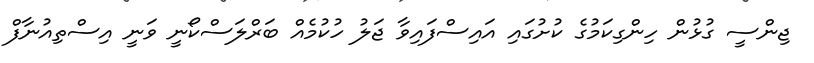
ޖިންސީ ގުޅުން ހިންގިކަމުގެ ކުށުގައި އައިސްފައިވާ ޖަލު ހުކުމެއް ބަރްލަސްކޯނީ ވަނީ އިސްތިއުނާފް